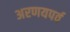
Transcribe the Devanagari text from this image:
अरणयपर्व